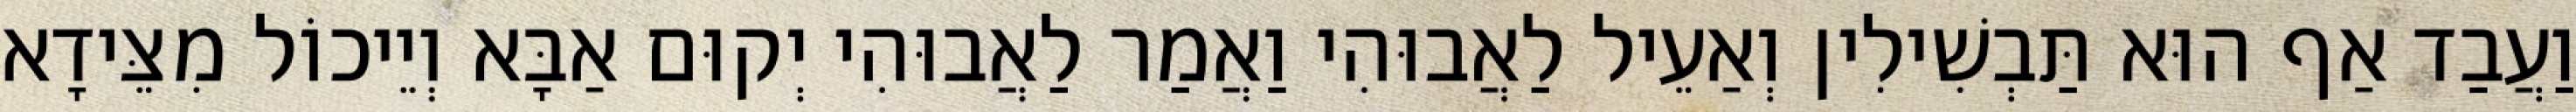
וַעֲבַד אַף הוּא תַּבְשִׁילִין וְאַעֵיל לַאֲבוּהִי וַאֲמַר לַאֲבוּהִי יְקוּם אַבָּא וְיֵיכוֹל מִצֵּידָא